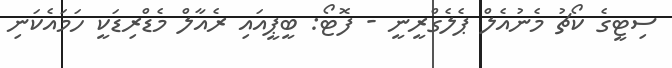
ސިޓީގެ ކޯޗު މެނުއެލް ޕެލެގްރީނީ - ފޮޓޯ: ބީޕީއައި ރެއާލް މެޑްރިޑަކީ ހަމައެކަނި